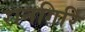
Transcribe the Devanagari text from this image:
रानगिरि